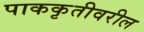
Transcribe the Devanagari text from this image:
पाककृतीवरील